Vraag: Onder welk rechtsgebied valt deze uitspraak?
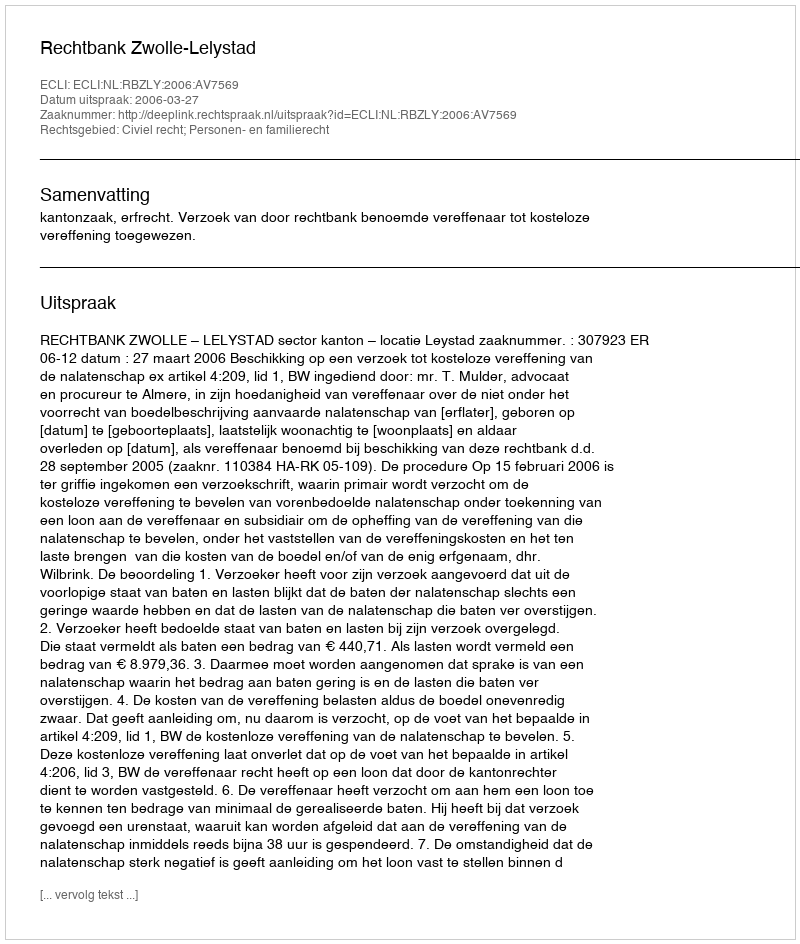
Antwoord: Civiel recht; Personen- en familierecht